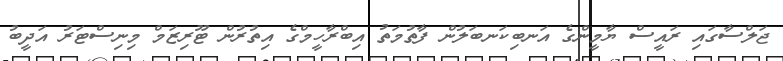
ޖަލްސާގައި ރައީސް ޔާމީންގެ އަނބިކަނބަލުން ފާތުމަތު އިބްރާހީމްގެ އިތުރުން ޓޫރިޒަމް މިނިސްޓަރު އަދީބު